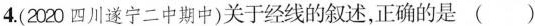
4.(2020四川遂宁二中期中)关于经线的叙述，正确的是( )